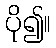
ပို၍။